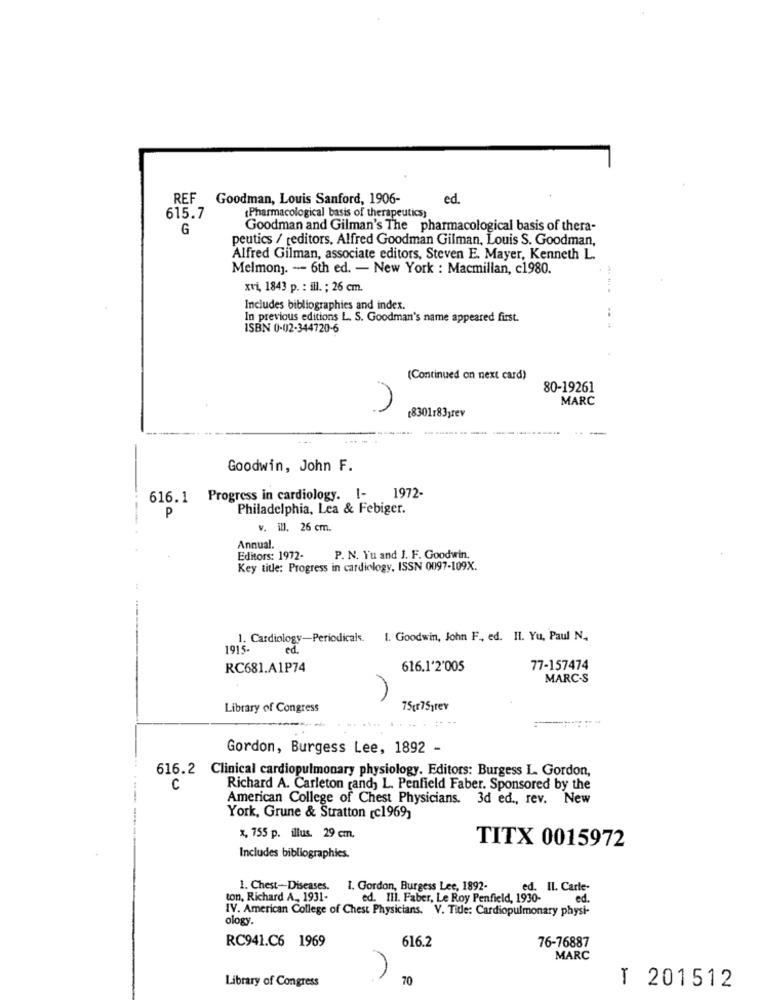
REF
Goodman, Louis Sanford, 1906-
ed
615.7
(Pharmacological basis of therapeutics;
G
Goodman and Gilman's The pharmacological basis of thera-
peutics / teditors, Alfred Goodman Gilman, Louis S. Goodman,
Alfred Gilman, associate editors, Steven E. Mayer, Kenneth L.
Melmony. - 6th ed. - New York : Macmillan, c1980.
xvi, 1843 p. : ill. ; 26 cm.
Includes bibliographies and index.
In previous editions L. S. Goodman's name appeared first.
ISBN 0-02-344720-6
(Continued on next card)
80-19261
MARC
[8301783;rev
Goodwin, John F.
1972-
616. 1 Progress in cardiology. I-
Philadelphia, Lea & Febiger.
P
v. ill. 26 cm.
Annual.
Editors: 1972-
P. N. Y'u and J. F. Goodwin.
Key title: Progress in cardiology. ISSN 0097-109X.
1. Cardiology-Periodicals. 1. Goodwin, John F ., ed. 11. Yu, Paul N.
1915-
ed.
RC681.A1P74
616.1'2'005
77-157474
MARC-S
Library of Congress
75gr75 rev
Gordon, Burgess Lee, 1892 -
616.2 Clinical cardiopulmonary physiology. Editors: Burgess L. Gordon,
C
Richard A. Carleton rand, L. Penfield Faber. Sponsored by the
American College of Chest Physicians. 3d ed ., rev. New
York, Grune & Stratton [c1969)
x, 755 p. illus. 29 cm.
TITX 0015972
Includes bibliographies.
1. Chest-Diseases. I. Gordon, Burgess Lee, 1892-
ed.
IL. Carte-
ton, Richard A ., 1931-
ed. III. Faber, Le Roy Penfield, 1930-
ed.
IV. American College of Chest Physicians. V. Title: Cardiopulmonary physi-
ology.
616.2
76-76887
RC941.C6 1969
MARC
70
Library of Congress
T 201512